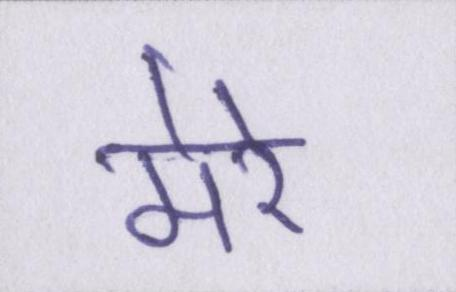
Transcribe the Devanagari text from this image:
मेरे